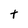
Character: t